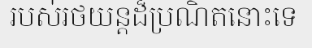
របស់រថយន្តដ៏ប្រណិតនោះទេ